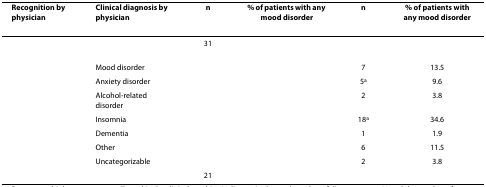
<table><thead><tr><td><b>Recognition by physician</b></td><td><b>Clinical diagnosis by physician</b></td><td><b>n</b></td><td><b>% of patients with any mood disorder</b></td><td><b>n</b></td><td><b>% of patients with any mood disorder</b></td></tr></thead><tbody><tr><td>[EMPTY_CELL]</td><td>[EMPTY_CELL]</td><td>31</td><td>[EMPTY_CELL]</td><td>[EMPTY_CELL]</td><td>[EMPTY_CELL]</td></tr><tr><td>[EMPTY_CELL]</td><td>Mood disorder</td><td>[EMPTY_CELL]</td><td>[EMPTY_CELL]</td><td>7</td><td>13.5</td></tr><tr><td>[EMPTY_CELL]</td><td>Anxiety disorder</td><td>[EMPTY_CELL]</td><td>[EMPTY_CELL]</td><td>5<sup>a</sup></td><td>9.6</td></tr><tr><td>[EMPTY_CELL]</td><td>Alcohol-related disorder</td><td>[EMPTY_CELL]</td><td>[EMPTY_CELL]</td><td>2</td><td>3.8</td></tr><tr><td>[EMPTY_CELL]</td><td>Insomnia</td><td>[EMPTY_CELL]</td><td>[EMPTY_CELL]</td><td>18<sup>a</sup></td><td>34.6</td></tr><tr><td>[EMPTY_CELL]</td><td>Dementia</td><td>[EMPTY_CELL]</td><td>[EMPTY_CELL]</td><td>1</td><td>1.9</td></tr><tr><td>[EMPTY_CELL]</td><td>Other</td><td>[EMPTY_CELL]</td><td>[EMPTY_CELL]</td><td>6</td><td>11.5</td></tr><tr><td>[EMPTY_CELL]</td><td>Uncategorizable</td><td>[EMPTY_CELL]</td><td>[EMPTY_CELL]</td><td>2</td><td>3.8</td></tr><tr><td>[EMPTY_CELL]</td><td>[EMPTY_CELL]</td><td>21</td><td>[EMPTY_CELL]</td><td>[EMPTY_CELL]</td><td>[EMPTY_CELL]</td></tr></tbody></table>